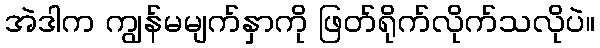
အဲဒါက ကျွန်မမျက်နှာကို ဖြတ်ရိုက်လိုက်သလိုပဲ။